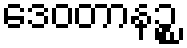
ဒေဝတာနဉ္စ